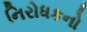
નિરોધકનો